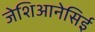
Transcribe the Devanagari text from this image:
जेशिआनेसिई